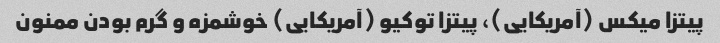
پیتزا میکس (آمریکایی)، پیتزا توکیو (آمریکایی) خوشمزه و گرم بودن ممنون